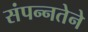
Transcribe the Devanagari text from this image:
संपन्नतेने